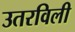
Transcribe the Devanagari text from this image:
उतरविली